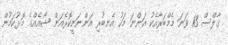
ގާލްސް 13 ވަނަ މެމްބަރާއެކު އަންނަ މަހު އެނބުރި އަންނަނީކޮރެއަން ޝޯއެއްގެ މޮޅުކަމުން